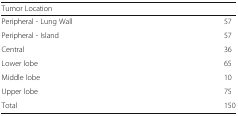
<table><thead><tr><td><b>Tumor Location</b></td><td></td></tr></thead><tbody><tr><td>Peripheral - Lung Wall</td><td>57</td></tr><tr><td>Peripheral - Island</td><td>57</td></tr><tr><td>Central</td><td>36</td></tr><tr><td>Lower lobe</td><td>65</td></tr><tr><td>Middle lobe</td><td>10</td></tr><tr><td>Upper lobe</td><td>75</td></tr><tr><td>Total</td><td>150</td></tr></tbody></table>